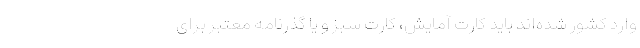
وارد کشور شده‌اند باید کارت آمایش، کارت سبز و یا گذرنامه معتبر برای